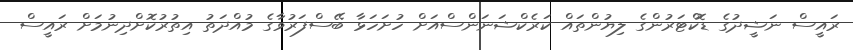
ރައީސް ނަޝީދުގެ ޑޮކްޓަރުންގެ ލިޔުންތައް ކަރެކްޝަނަންސްއަށް ހުށަހަޅާ ބޭސްފަރުވާގެ މުއްދަތު އިތުރުކޮށްދިނުމަށް ރައީސް